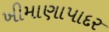
ખીમાણાપાદર